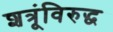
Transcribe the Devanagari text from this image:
शत्रूंविरुद्ध